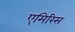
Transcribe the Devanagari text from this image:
एमिरिस